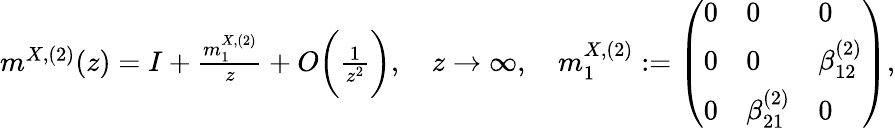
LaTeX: \begin{array}{r}{m^{X,(2)}(z)=I+\frac{m_{1}^{X,(2)}}{z}+O\biggl(\frac{1}{z^{2}}\biggr),\quad z\to\infty,\quad m_{1}^{X,(2)}:=\left(\begin{array}{lll}{0}&{0}&{0}\\ {0}&{0}&{\beta_{12}^{(2)}}\\ {0}&{\beta_{21}^{(2)}}&{0}\end{array}\right),}\end{array}